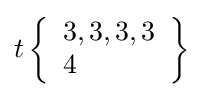
t\left\{{\begin{array}{l}3,3,3,3\\4\end{array}}\right\}